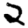
Digit: 2